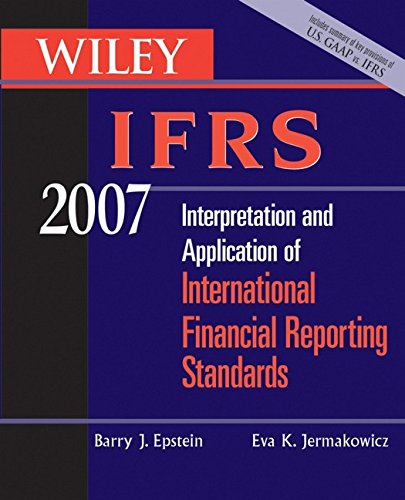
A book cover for Wiley IFRS 2007: Interpretation and Application of International Financial Reporting Standards; Barry J. Epstein; Business & Money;